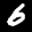
Label: 6